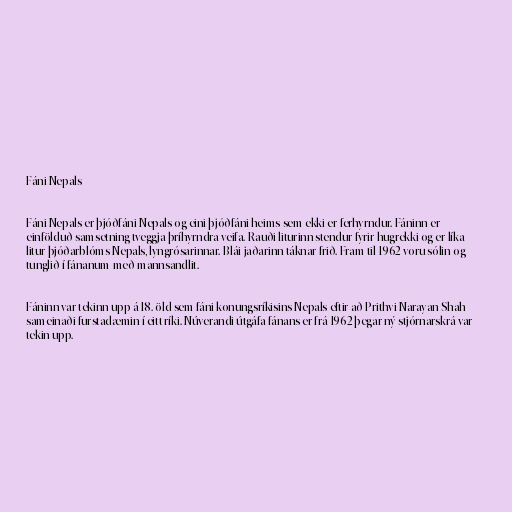
Fáni Nepals

Fáni Nepals er þjóðfáni Nepals og eini þjóðfáni heims sem ekki er ferhyrndur. Fáninn er
einfölduð samsetning tveggja þríhyrndra veifa. Rauði liturinn stendur fyrir hugrekki og er líka
litur þjóðarblóms Nepals, lyngrósarinnar. Blái jaðarinn táknar frið. Fram til 1962 voru sólin og
tunglið í fánanum með mannsandlit.

Fáninn var tekinn upp á 18. öld sem fáni konungsríkisins Nepals eftir að Prithvi Narayan Shah
sameinaði furstadæmin í eitt ríki. Núverandi útgáfa fánans er frá 1962 þegar ný stjórnarskrá var
tekin upp.